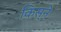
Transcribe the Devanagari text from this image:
किस्ने